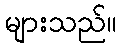
များသည်။